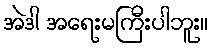
အဲဒါ အရေးမကြီးပါဘူး။